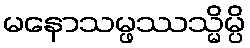
မနောသမ္ဖဿသ္မိမ္ပိ